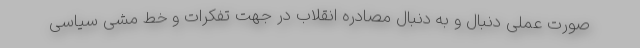
صورت عملی دنبال و به دنبال مصادره انقلاب در جهت تفکرات و خط مشی سیاسی